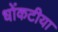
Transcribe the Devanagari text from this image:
धोंकटीया